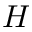
H